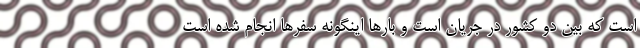
است که بین دو کشور در جریان است و بارها اینگونه سفرها انجام شده است